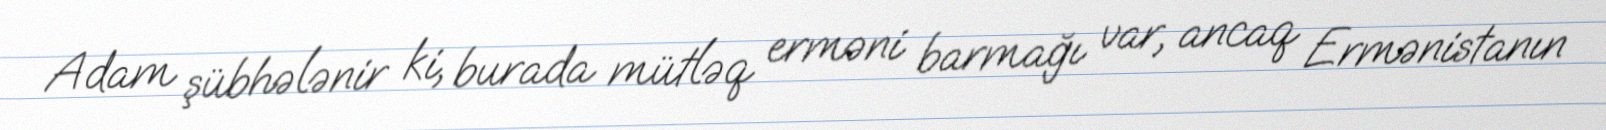
Adam şübhələnir ki, burada mütləq erməni barmağı var, ancaq Ermənistanın